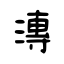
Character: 漙